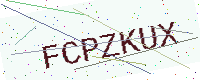
Text: FCPZKUX